Bombay plague: being a history of the progress of plague in the Bombay presidency from September 1896 to June 1899
Year: 1896
Disease focus: Plague
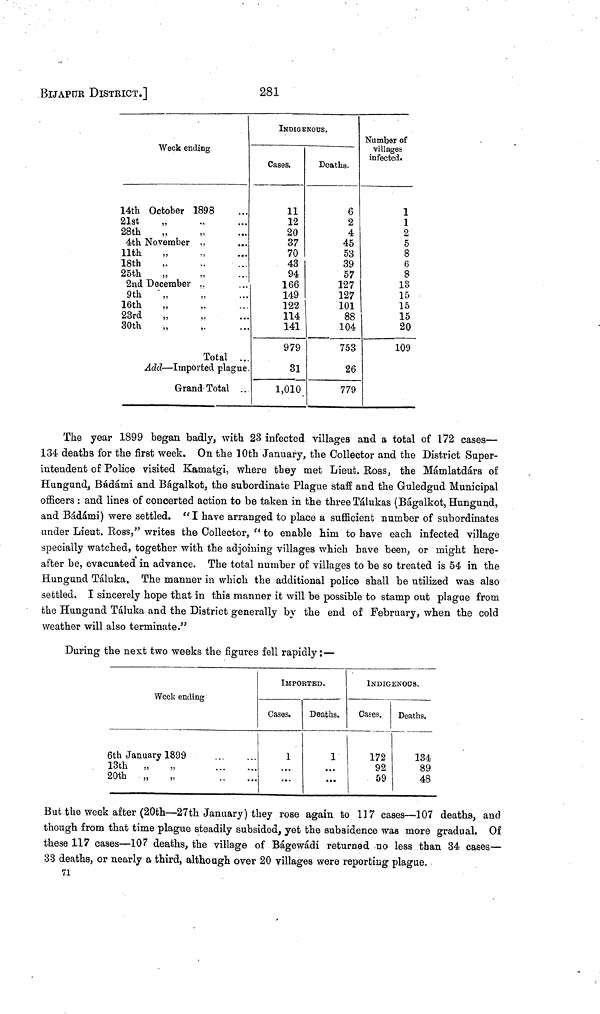
281
BIJAPÜK DISTRICT.]
Week ending
14th October 1898
21st
28th
4th November ...
11th „ „
18th ,, ,,
25th ,, ,,
2nd December ...
9th „ „
16th „ „
23rd „ „
30th „ „
Total
...
...
...
Add — Imported plague
Grand Tota...
INDIGENOUS.
Cases.
11
12
20
37
70
43
94
166
149
122
114
141
979
31
1,010
Deaths.
6
2
4
45
53
39
57
127
127
101
88
104
753
26
779
Number of
villages
infected.
1
1
2
5
8
6
8
13
15
15
15
20
109
The year 1899 began badly, with 23 infected villages and a total of 172 cases—
134 deaths for the first week. On the 10th January, the Collector and the District Super-
intendent of Police visited Kamatgi, where they met Lieut. Boss, the Mámlatdárs of
Hungund, Bádámi and Bágalkot, the subordinate Plague staff and the Guledgud Municipal
officers : and lines of concerted action to be taken in the three Tálukas (Bágalkot, Hungund,
and Bádámi) were settled. " I have arranged to place a sufficient number of subordinates
under Lieut. Ross," writes the Collector, " to enable him to have each infected village
specially watched, together with the adjoining villages which have been, or might here-
after be, evacuated in advance. The total number of villages to be so treated is 54 in the
Hungund Taluka. The manner in which the additional police shall be utilized was also
settled. I sincerely hope that in this manner it will be possible to stamp out plague from
the Hungund Táluka and the District generally by the end of February, when the cold
weather will also terminate."
During the next two weeks the figures fell rapidly: —
Week ending
6th January 1899
13th „
,,
20th ,, ,,
...
...
IMPORTED.
Cases
1
...
...
Deaths.
1
...
INDIGENOUS.
Cases.
172
92
59
Deaths,
134
89
48
But the week after (20fch—27th January) they rose again to 137 cases—107 deaths, and
though from that time plague steadily subsided, yet the subsidence was more gradual. Of
these 117 cases—107 deaths, the village of Bágewádi returned no less than 34 cases—
33 deaths, or nearly a third, although over 20 villages were reporting plague.
71